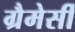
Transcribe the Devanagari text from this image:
ग्रैमेर्सी